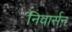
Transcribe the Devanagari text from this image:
निवार्सन